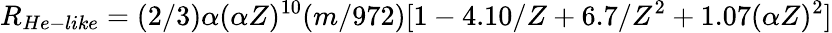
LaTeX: R_{He-like}=(2/3)\alpha(\alpha Z)^{10}(m/972)[1-4.10/Z+6.7/Z^{2}+1.07(\alpha Z)^{2}]